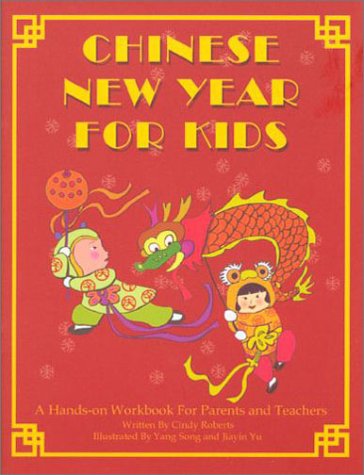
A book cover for Chinese New Year For Kids; Cindy Roberts; Children's Books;